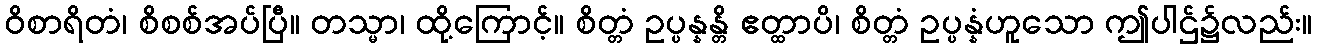
ဝိစာရိတံ၊ စိစစ်အပ်ပြီ။ တသ္မာ၊ ထို့ကြောင့်။ စိတ္တံ ဥပ္ပန္နန္တိ ဧတ္ထာပိ၊ စိတ္တံ ဥပ္ပန္နံဟူသော ဤပါဌ်၌လည်း။